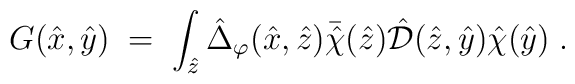
G({\hat x},{\hat y}) \;=\; \int_{{\hat z}} {\hat\Delta}_\varphi({\hat x},\hat{z}) {\bar{\hat \chi}} ({\hat z}) {\hat\mathcal D}({\hat z},{\hat y})  {\hat \chi} ({\hat y}) \;.